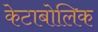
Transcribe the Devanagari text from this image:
केटाबोलिक